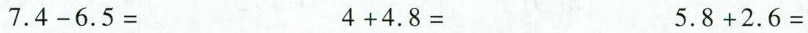
$$7.4-6.5=$$ $$4+4.8=$$ $$5.8+2.6=$$